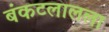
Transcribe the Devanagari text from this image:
बंकटलालला